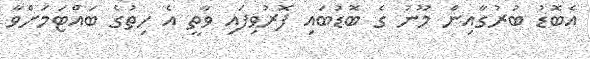
އެބޮޑު ބުރުގާއިން މޫނު ގެ ބޮޑުބައި ފޮރުވިފައި ވާތީ އެ ހިތުގެ ބައްޓަމަށްވާ